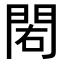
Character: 𨳾